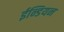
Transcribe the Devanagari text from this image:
ईन्डियन